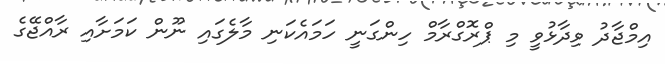
އިމްޖާދު ވިދާޅުވީ މި ޕްރޮގްރާމް ހިންގަނީ ހަމައެކަނި މާލެގައި ނޫން ކަމަށާއި ރާއްޖޭގެ